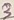
Text: 3